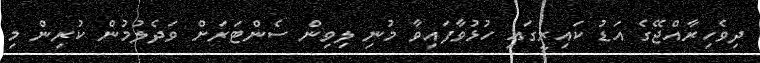
ދިވެހިރާއްޖޭގެ އަޑު ކައިރީގައި ހުޅުވާފައިވާ މުނި ލިވިން ސެންޓަރަށް ވަދެލުމުން ކުރިން މި